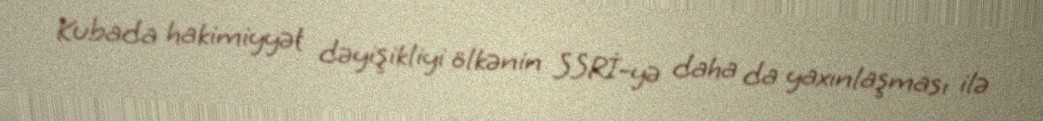
Kubada hakimiyyət dəyişikliyi ölkənin SSRİ-yə daha da yaxınlaşması ilə